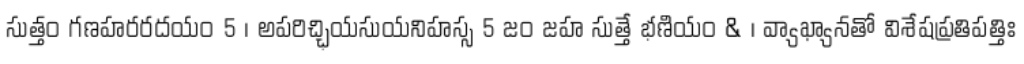
సుత్తం గణహరరదయం 5 । అపరిచ్ఛియసుయనిహస్స 5 జం జహ సుత్తే భణియం & । వ్యాఖ్యానతో విశేషప్రతిపత్తిః